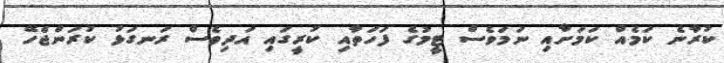
ކުރާނެ ކަމެއް ކަމަށާއި ނަމަވެސް ޓީމުގެ ފަހަތާއި ކުރީގައި އަދިވެސް ރަނގަޅު ކުރަންޖެހޭ